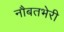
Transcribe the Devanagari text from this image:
नौबतभेरी